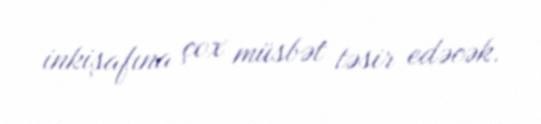
inkişafına çox müsbət təsir edəcək.